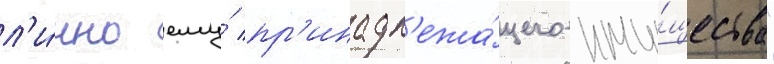
л'и́чно ему́ пр'инадл'ежа́щего иму́щества"